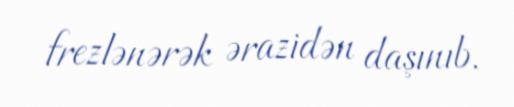
frezlənərək ərazidən daşınıb.